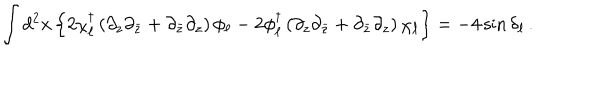
\int d ^ { 2 } x \left\{ 2 \chi _ { \ell } ^ { \dagger } \left( \partial _ { z } \partial _ { \bar { z } } + \partial _ { \bar { z } } \partial _ { z } \right) \phi _ { \ell } - 2 \phi _ { \ell } ^ { \dagger } \left( \partial _ { z } \partial _ { \bar { z } } + \partial _ { \bar { z } } \partial _ { z } \right) \chi _ { \ell } \right\} = - 4 \sin \delta _ { \ell } \, .